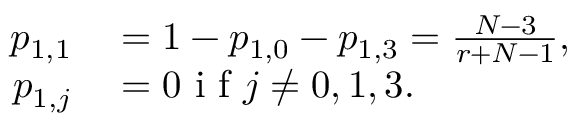
\begin{array} { r l } { p _ { 1 , 1 } } & { { } = 1 - p _ { 1 , 0 } - p _ { 1 , 3 } = \frac { N - 3 } { r + N - 1 } , } \\ { p _ { 1 , j } } & { { } = 0 \mathrm { ~ i ~ f ~ } j \neq 0 , 1 , 3 . } \end{array}